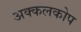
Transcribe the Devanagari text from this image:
अक्कलकोप